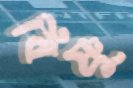
বিষ্ণু